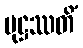
မုဋ္ဌဿတိံ